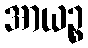
အာယဉ္စ